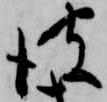
彼